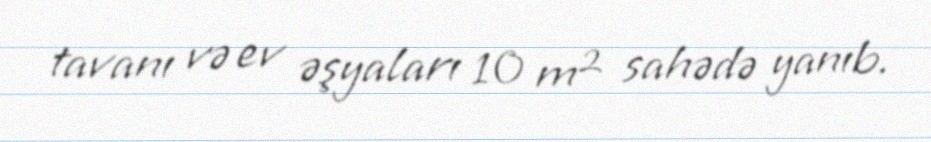
tavanı və ev əşyaları 10 m² sahədə yanıb.